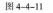
图4-4-11